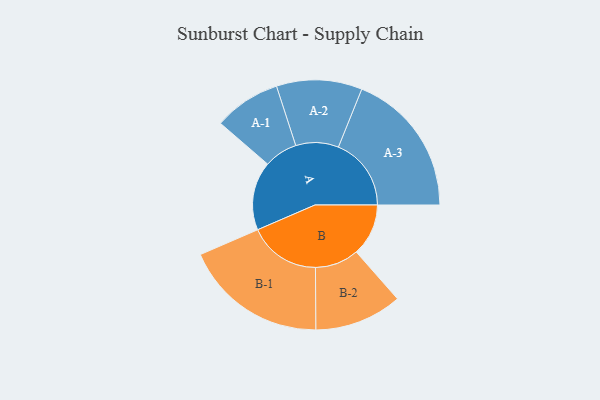
{"axis": {"x": "Segment", "y": "Value"}, "legend": ["", "A", "B"], "data": [{"x": "A", "y": 265, "type": ""}, {"x": "B", "y": 201, "type": ""}, {"x": "A-1", "y": 129, "type": "A"}, {"x": "A-2", "y": 165, "type": "A"}, {"x": "A-3", "y": 281, "type": "A"}, {"x": "B-1", "y": 277, "type": "B"}, {"x": "B-2", "y": 169, "type": "B"}]}